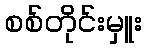
စစ်တိုင်းမှူး